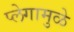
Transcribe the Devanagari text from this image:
प्लेगामुळे